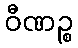
ဝီဏဉ္စ